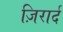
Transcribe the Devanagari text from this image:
ज़िरार्द